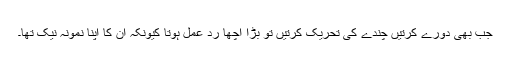
جب بھی دورے کرتیں چندے کی تحریک کرتیں تو بڑا اچھا ردّ عمل ہوتا کیونکہ ان کا اپنا نمونہ نیک تھا۔